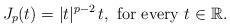
LaTeX: \begin{align*}J_p(t)=|t|^{p-2}\,t,\mbox{ for every } t\in\mathbb{R}.\end{align*}